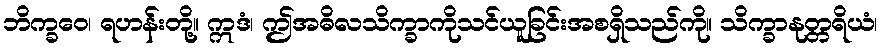
ဘိက္ခဝေ၊ ရဟန်းတို့။ ဣဒံ၊ ဤအဓိလသိက္ခာကိုသင်ယူခြင်းအစရှိသည်ကို။ သိက္ခာနုတ္တရိယံ၊